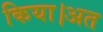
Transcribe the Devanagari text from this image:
किया।अत